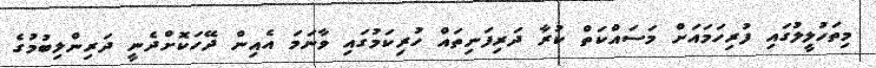
މިތަހުލީލުގައި ފުރިހަމައަށް މަސައްކަތް ކުރާ ދަރިފަނިތައް ހުރިކަމުގައި ވާނަމަ އެއިން ދޭހަކޮށްދެނީ ދަރިންލިބުމުގެ